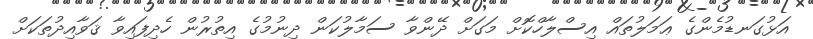
އަޅުގަނޑުމެންގެ ޢަމަލުތައް އިސްލާހްކޮށް މަގަށް ދޭންވާ ސަމާލުކަން ދިނުމުގެ އިތުރުން ހެދިފައިވާ ޤަވާއިދުތަކަށް